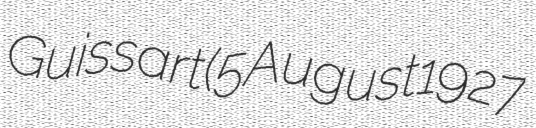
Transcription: Guissart (5 August 1927